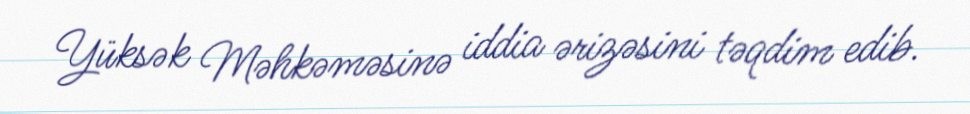
Yüksək Məhkəməsinə iddia ərizəsini təqdim edib.